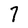
Character: 7